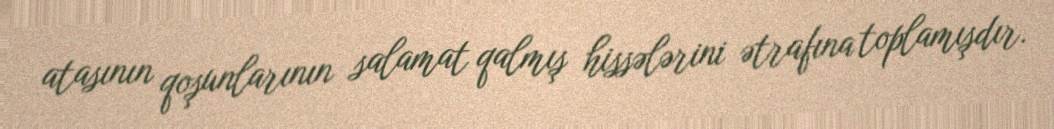
atasının qoşunlarının salamat qalmış hissələrini ətrafına toplamışdır.